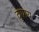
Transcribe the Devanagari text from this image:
दुष्प्राय